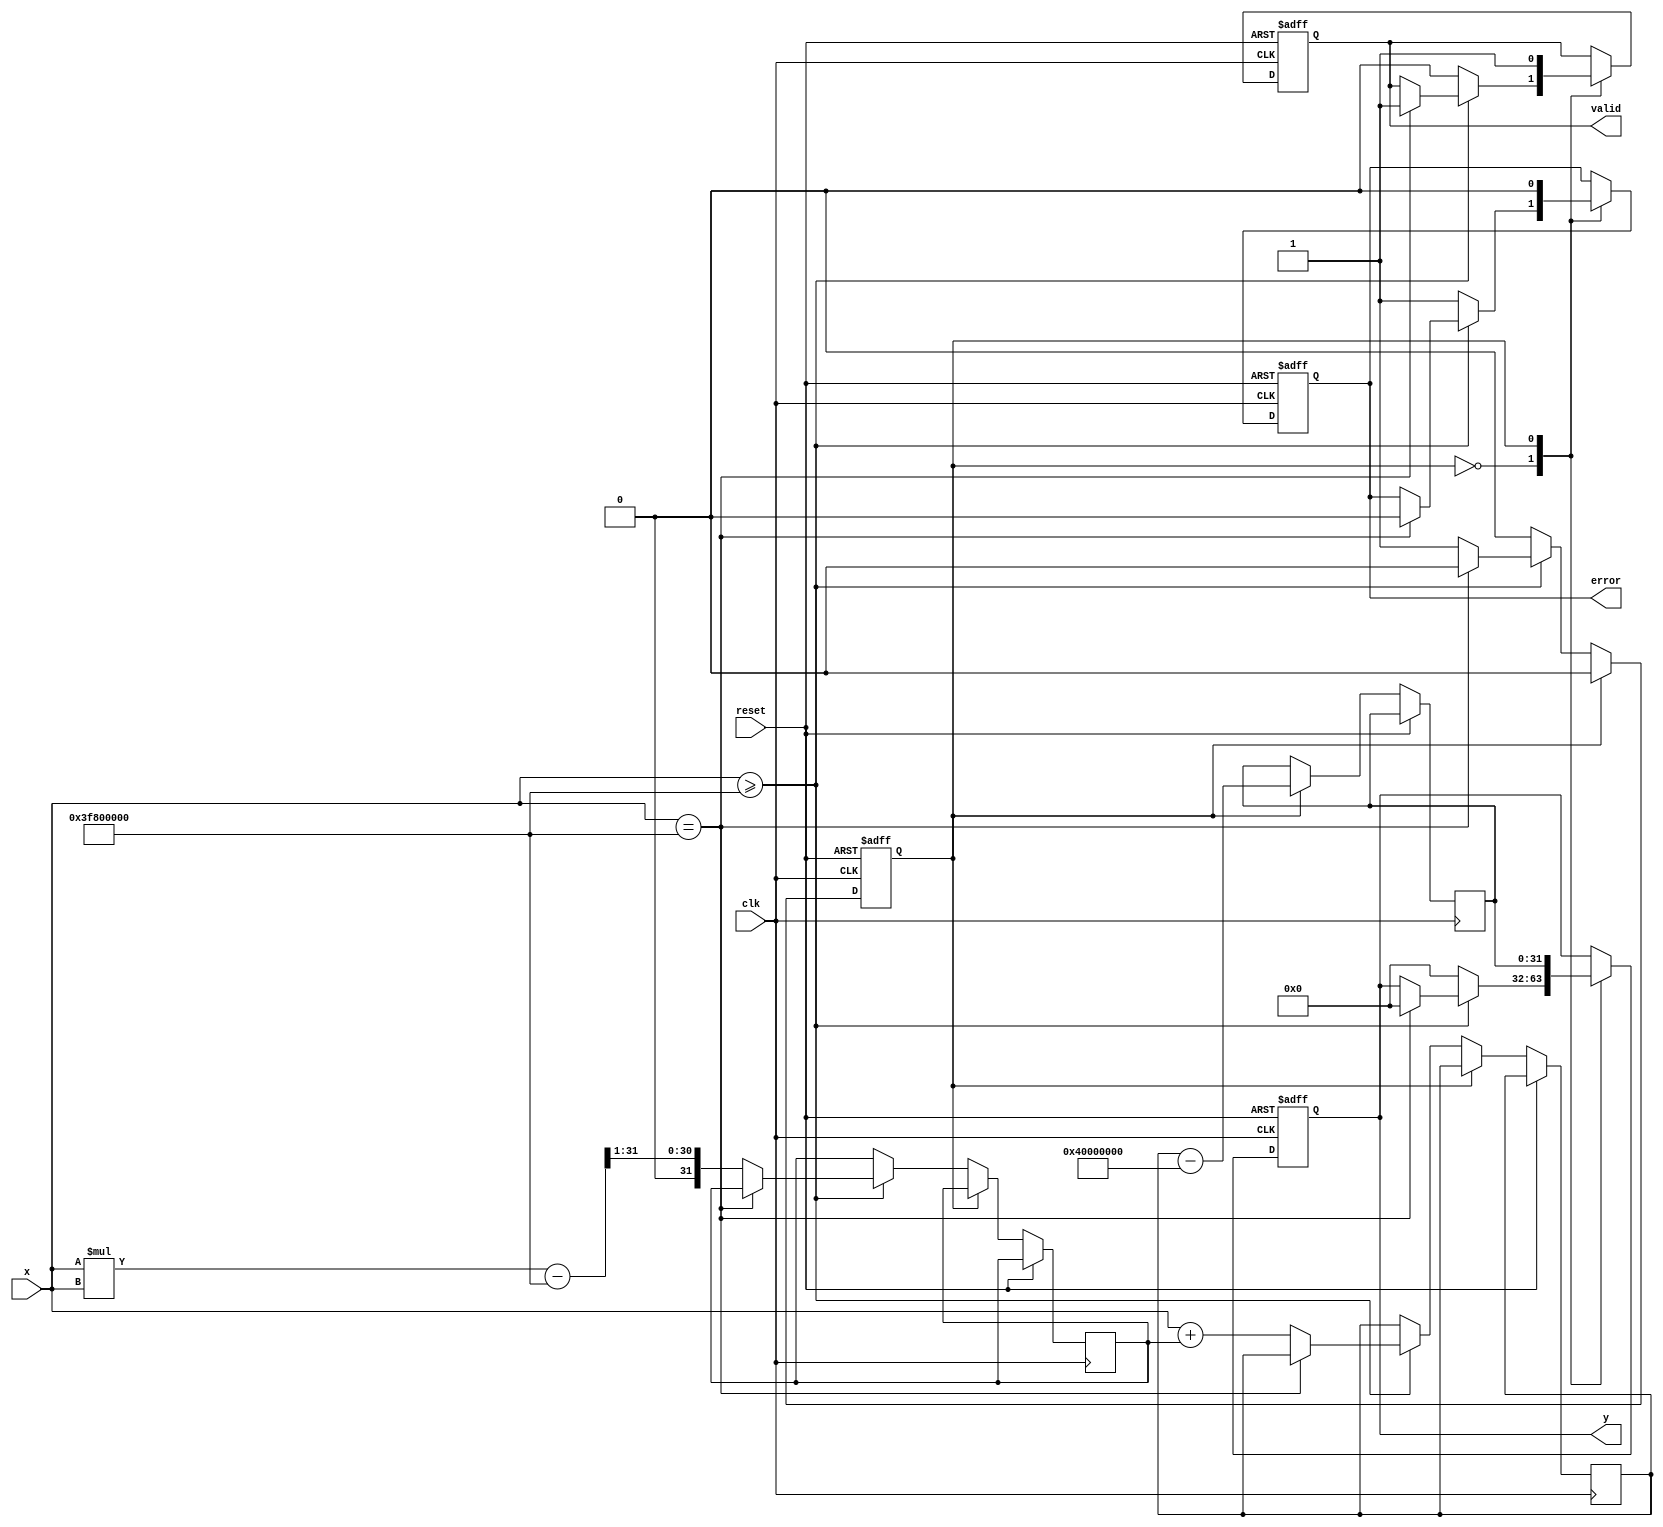
module acosh(
    input wire clk,
    input wire reset,
    input wire [31:0] x, // Input: floating-point number (32-bit)
    output reg [31:0] y,  // Output: floating-point number (32-bit)
    output reg valid,      // Output: valid signal
    output reg error       // Output: error signal
);

    // Internal registers
    reg [31:0] sqrt_x2_minus_1;
    reg [31:0] ln_input;
    reg [31:0] ln_result;
    reg state; // 0: IDLE, 1: COMPUTE

    // Simple square root approximation (for demonstration)
    function [31:0] sqrt;
        input [31:0] value;
        begin
            // Placeholder for square root calculation (to be replaced with a proper implementation)
            sqrt = value >> 1; // This is a very rough approximation
        end
    endfunction

    // Simple logarithm approximation (for demonstration)
    function [31:0] ln;
        input [31:0] value;
        begin
            // Placeholder for logarithm calculation (to be replaced with a proper implementation)
            ln = value - 32'h40000000; // Rough approximation (ln(x) ~ x - 2)
        end
    endfunction

    // State machine for computation
    always @(posedge clk or posedge reset) begin
        if (reset) begin
            y <= 32'b0;
            valid <= 1'b0;
            error <= 1'b0;
            state <= 1'b0; // IDLE
        end else begin
            case (state)
                0: begin // IDLE state
                    if (x >= 32'h3F800000) begin // Check if x >= 1.0
                        if (x == 32'h3F800000) begin // x = 1.0
                            y <= 32'b0; // acosh(1) = 0
                            valid <= 1'b1;
                            error <= 1'b0;
                            state <= 1'b0; // Remain in IDLE
                        end else begin
                            // Compute acosh(x) for x > 1
                            sqrt_x2_minus_1 <= sqrt(x * x - 32'h3F800000); // x^2 - 1
                            ln_input <= x + sqrt_x2_minus_1; // x + sqrt(x^2 - 1)
                            state <= 1'b1; // Move to COMPUTE state
                        end
                    end else begin
                        y <= 32'b0; // Invalid input handling
                        valid <= 1'b0;
                        error <= 1'b1; // Set error signal
                    end
                end
                1: begin // COMPUTE state
                    ln_result <= ln(ln_input); // Compute ln
                    y <= ln_result; // Set output
                    valid <= 1'b1; // Indicate valid output
                    error <= 1'b0; // Clear error
                    state <= 1'b0; // Return to IDLE
                end
            endcase
        end
    end
endmodule